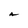
Character: A